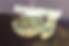
অ